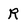
Character: R